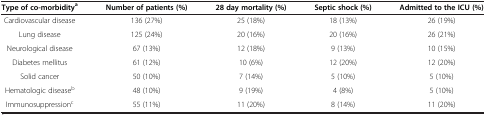
<table><thead><tr><td><b>Type of co-morbidity<sup>a</sup></b></td><td><b>Number of patients (%)</b></td><td><b>28 day mortality (%)</b></td><td><b>Septic shock (%)</b></td><td><b>Admitted to the ICU (%)</b></td></tr></thead><tbody><tr><td>Cardiovascular disease</td><td>136 (27%)</td><td>25 (18%)</td><td>18 (13%)</td><td>26 (19%)</td></tr><tr><td>Lung disease</td><td>125 (24%)</td><td>20 (16%)</td><td>20 (16%)</td><td>26 (21%)</td></tr><tr><td>Neurological disease</td><td>67 (13%)</td><td>12 (18%)</td><td>9 (13%)</td><td>10 (15%)</td></tr><tr><td>Diabetes mellitus</td><td>61 (12%)</td><td>10 (6%)</td><td>12 (20%)</td><td>12 (20%)</td></tr><tr><td>Solid cancer</td><td>50 (10%)</td><td>7 (14%)</td><td>5 (10%)</td><td>5 (10%)</td></tr><tr><td>Hematologic disease<sup>b</sup></td><td>48 (10%)</td><td>9 (19%)</td><td>4 (8%)</td><td>5 (10%)</td></tr><tr><td>Immunosuppression<sup>c</sup></td><td>55 (11%)</td><td>11 (20%)</td><td>8 (14%)</td><td>11 (20%)</td></tr></tbody></table>